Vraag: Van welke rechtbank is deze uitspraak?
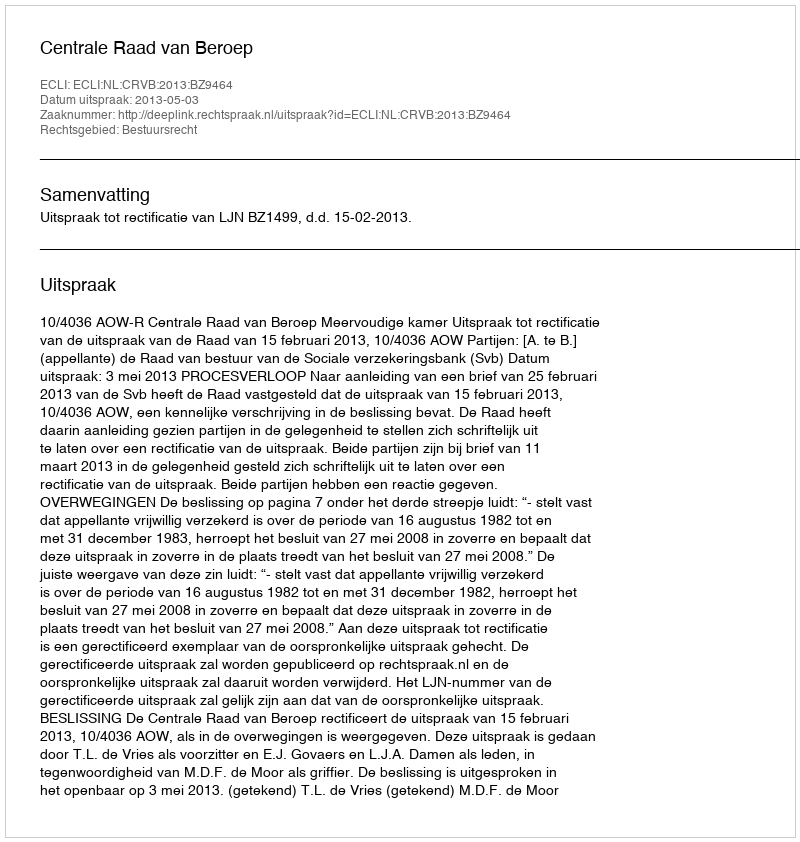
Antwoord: Centrale Raad van Beroep